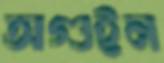
অগুইন